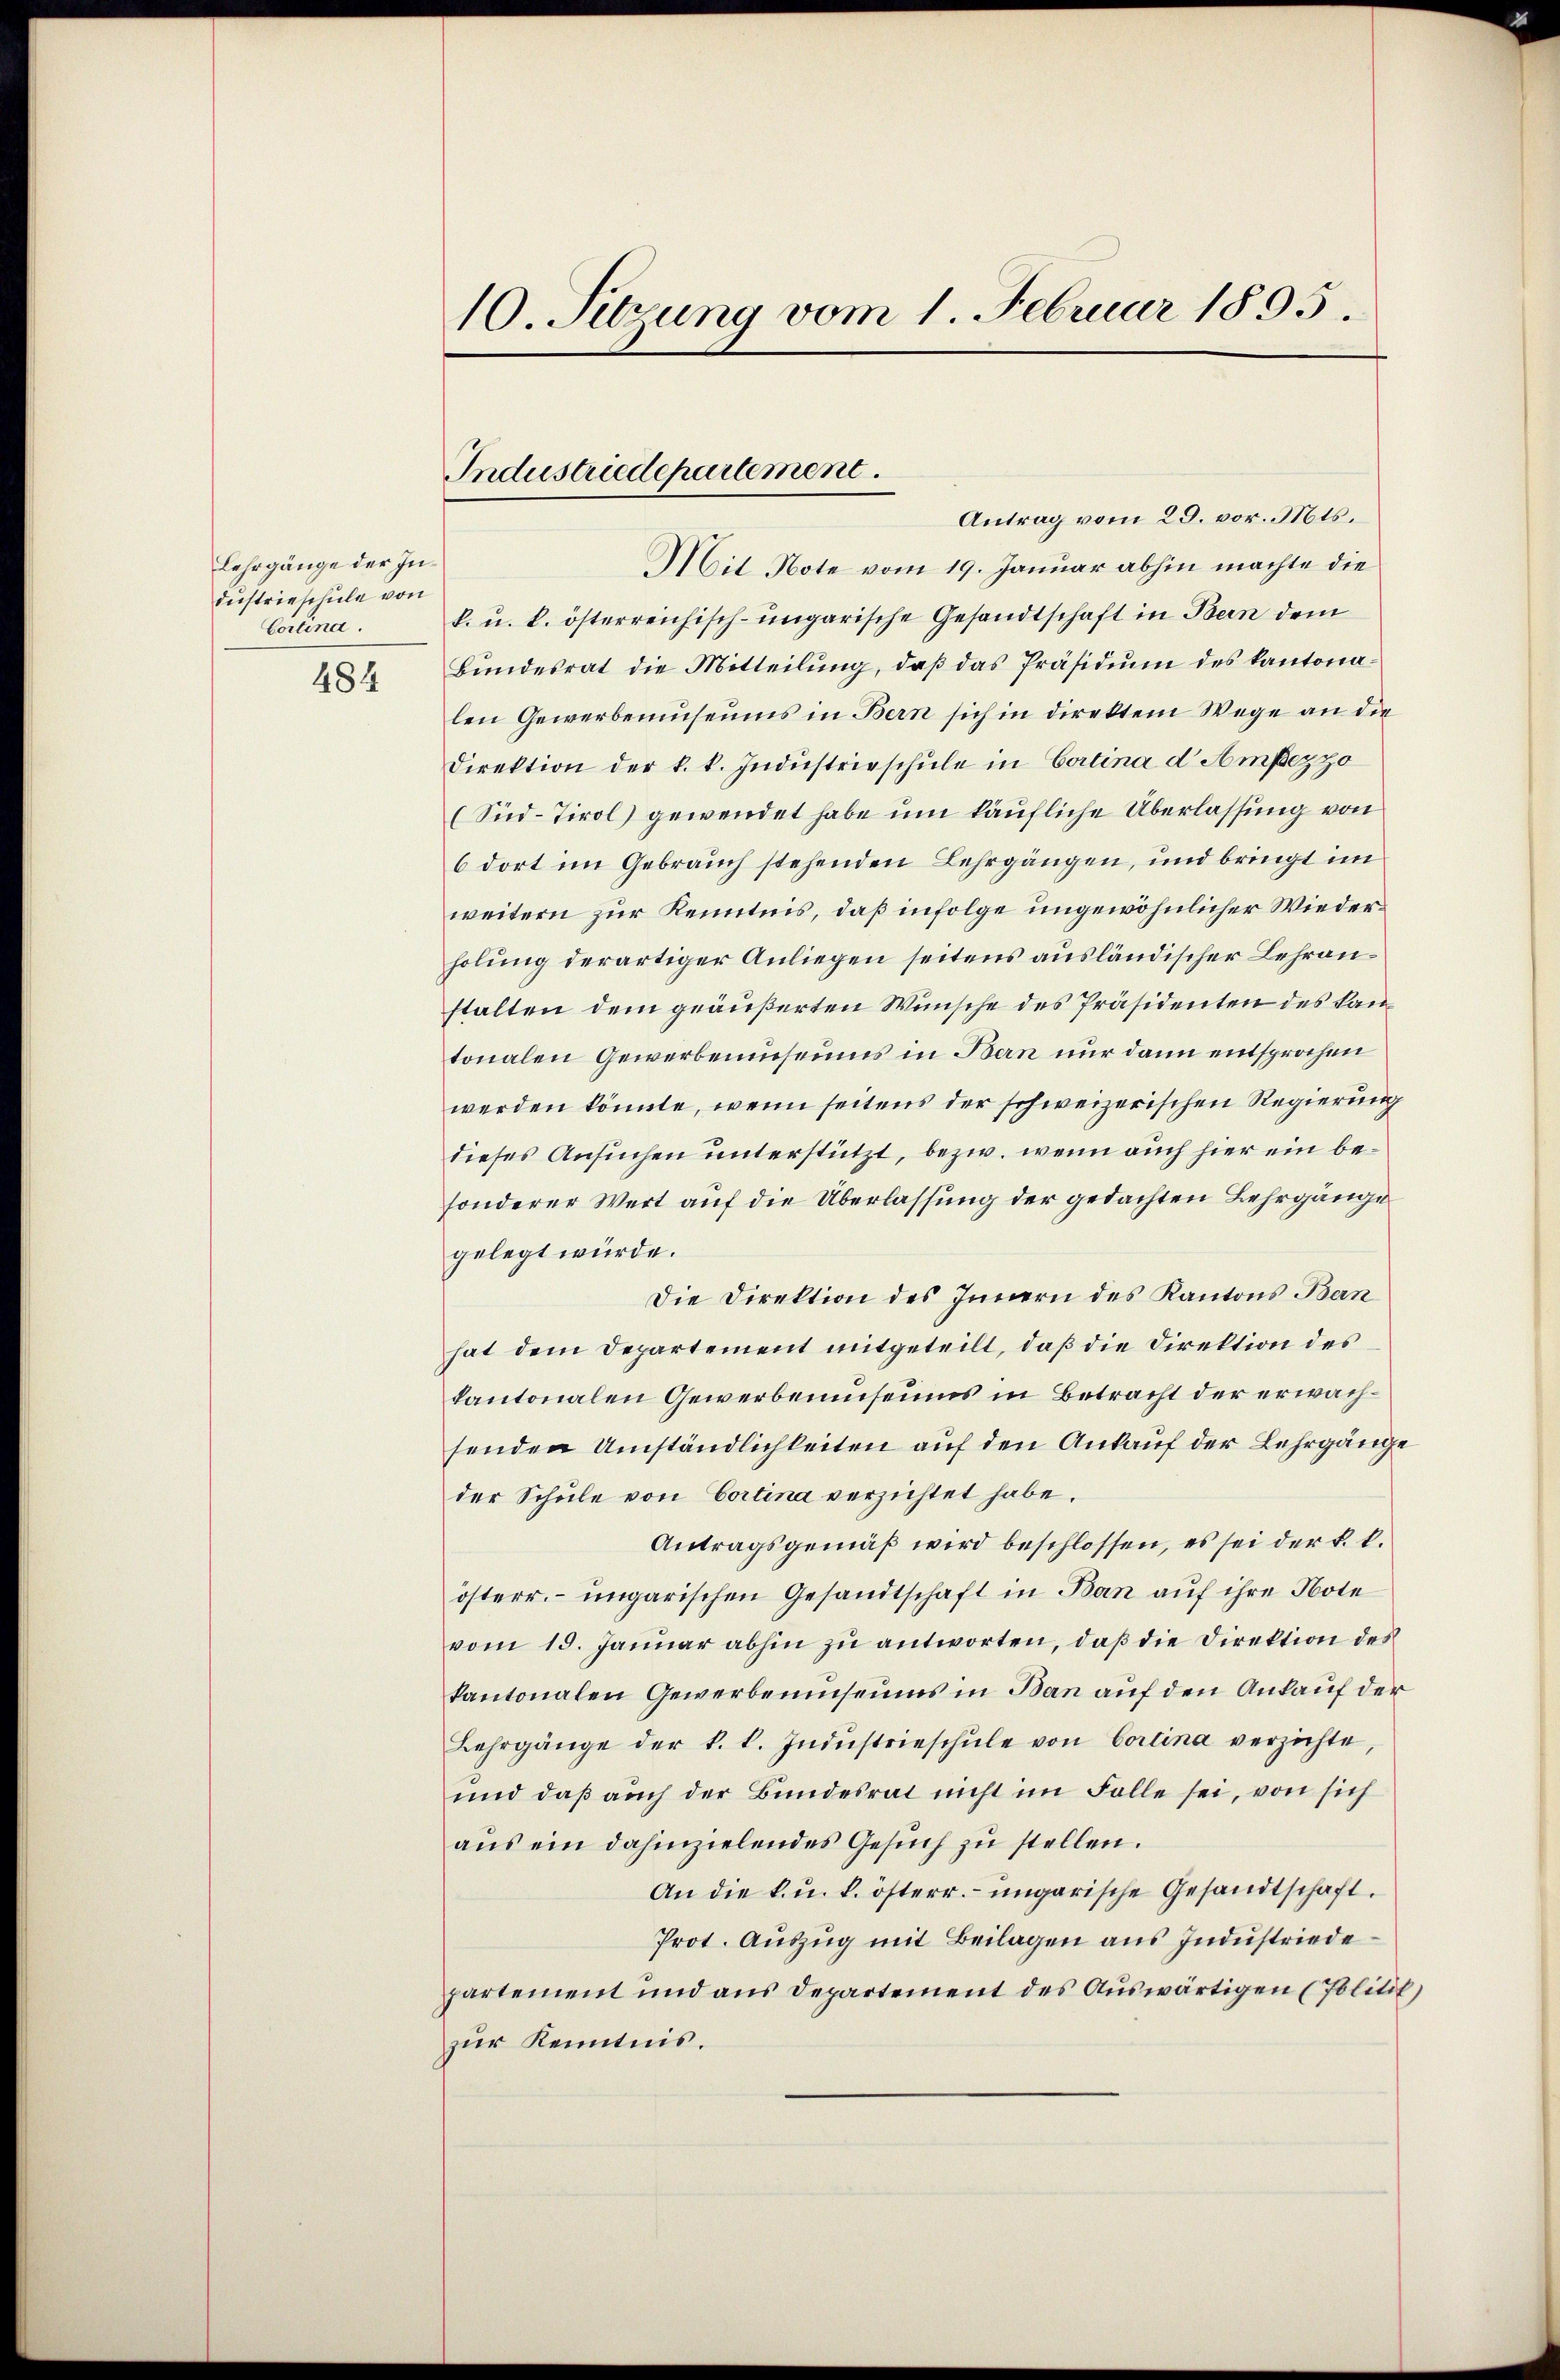
Lehrgänge der Industrieschule von
Cortina.

484

Antrag vom 29. vor. Mts.
Mit Note vom 19. Januar abhin machte die
k. u. k. österreichisch-ungarische Gesandtschaft in Bern dem
Bundesrat die Mitteilung, daß das Präsidium des kantonalen Gewerbemuseums in Bern sich in direktem Wege an die
direktion der k. k. Indŭstrieschŭle in Cortina d Ampezzo
(Sid-Tirol gewendet habe um käufliche Überlassung von
6 dort im Gebrauch stehenden Lehrgängen, und bringt im
weitern zur Kenntnis, daß infolge ungewöhnlicher Wiederholung derartiger Anliegen seitens ausländischer Lehranstalten dem geäußerten Wünsche des Präsidenten des kantonalen Gewerbemuseums in Bern nur dann entsprochen
werden könnte, wenn seitens der schweizerischen Regierung
dieses Ansuchen unterstützt, bezw. wenn auch hier ein besonderer Wert auf die Überlassung der gedachten Lehrgänge
gelegt würde.
Die Direktion des Innern des Kantons Bern
hat dem Departement mitgeteilt, daß die Direktion des
kantonalen Gewerbemuseums in Betracht der erwachsenden Umständlichkeiten auf den Ankauf der Lehrgänge
der Schule von Cortina verzichtet habe.
Antragsgemäß wird beschlossen, es sei der k. k.
österr. ungarischen Gesandtschaft in Ban auf ihre Note
vom 15. Januar abhin zu antworten, daß die Direktion des
kantonalen Gewerbemuseums in Ban auf den Ankauf der
Bahrgänge der k. k. Indŭstrieschŭle von Cortina verzichte,
und daß auch der Bundesrat nicht im Falle sei, von sich
aus ein dahinzielendes Gesuch zu stellen.
An die k. u. k. österr. ungarische Gesandtschaft.
Prot. Auszug mit Beilagen aus Industriede
partement und aus Departement des Auswärtigen (Politik)
zur Kenntnis.

10. Sitzung vom 1. Februar 1895.

Industriedepartement.